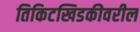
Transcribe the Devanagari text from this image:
तिकिटखिडकीवरील